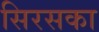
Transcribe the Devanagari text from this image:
सिरसका